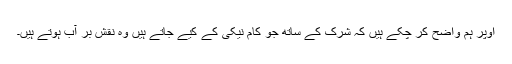
اوپر ہم واضح کر چکے ہیں کہ شرک کے ساتھ جو کام نیکی کے کیے جاتے ہیں وہ نقش بر آب ہوتے ہیں۔